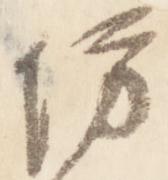
坊